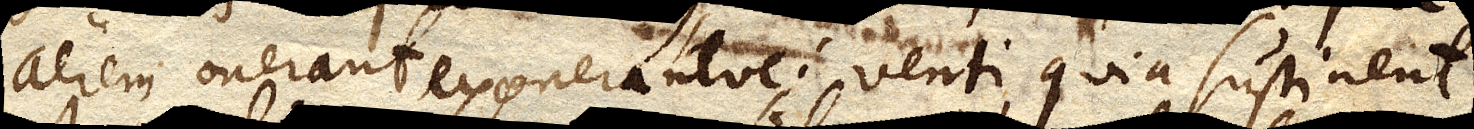
aerem onerant exonerantve; venti, quia sustinent.